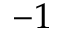
- 1